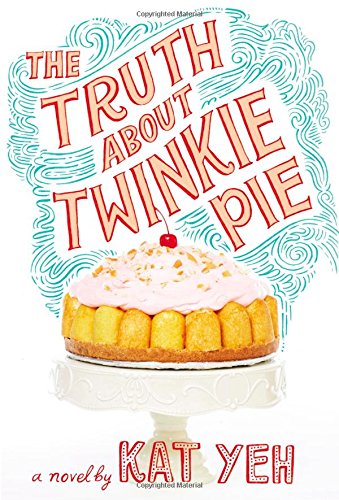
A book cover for The Truth About Twinkie Pie; Kat Yeh; Gay & Lesbian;